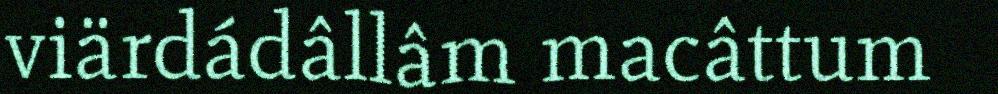
viärdádâllâm macâttum